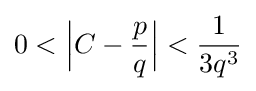
0<{\Big |}C-{\frac {p}{q}}{\Big |}<{\frac {1}{3q^{3}}}